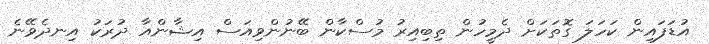
އުޑަފައިން ކަހަލަ ގޮތަކަށް ދެމީހުން ތިބިއިރު މުސްކާން ބޭނުންވިއަސް އިޝާންއާ ދުރަކު އިނދެވޭނެ